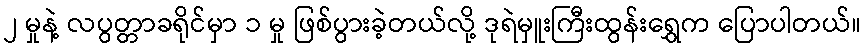
၂ မှုနဲ့ လပွတ္တာခရိုင်မှာ ၁ မှု ဖြစ်ပွားခဲ့တယ်လို့ ဒုရဲမှူးကြီးထွန်းရွှေက ပြောပါတယ်။